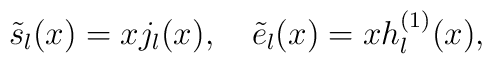
\tilde s_l(x)=x j_l(x),\quad \tilde e_l(x)=xh_l^{(1)}(x),